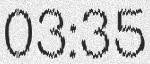
03:35